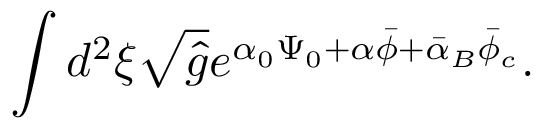
\int { d ^ { 2 } } \xi \sqrt { \hat { g } } { e ^ { { \alpha _ { 0 } } { \Psi _ { 0 } } + \alpha \bar { \phi } + { \bar { \alpha } _ { B } } { \bar { \phi } _ { c } } } } .